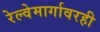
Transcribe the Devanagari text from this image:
रेल्वेमार्गावरही